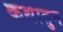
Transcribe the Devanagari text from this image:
कथातुन